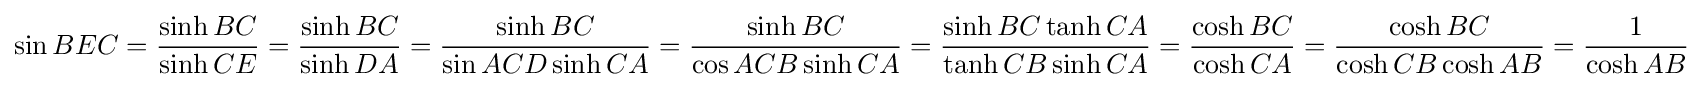
\sin BEC={\frac {\sinh {BC}}{\sinh {CE}}}={\frac {\sinh {BC}}{\sinh {DA}}}={\frac {\sinh {BC}}{\sin {ACD}\sinh {CA}}}={\frac {\sinh {BC}}{\cos {ACB}\sinh {CA}}}={\frac {\sinh {BC}\tanh {CA}}{\tanh {CB}\sinh {CA}}}={\frac {\cosh {BC}}{\cosh {CA}}}={\frac {\cosh {BC}}{\cosh {CB}\cosh {AB}}}={\frac {1}{\cosh {AB}}}